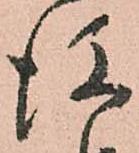
後